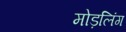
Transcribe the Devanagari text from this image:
मोड़लिंग